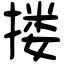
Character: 搂